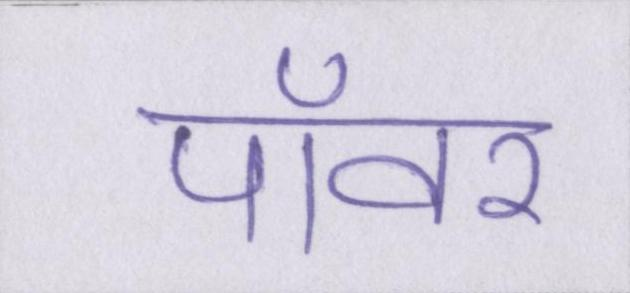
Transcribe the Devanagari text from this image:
पॉवर